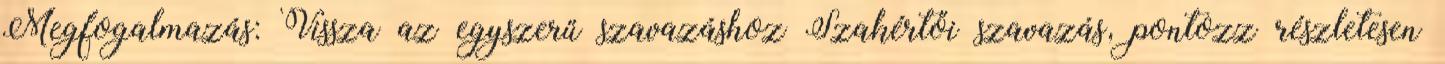
Megfogalmazás: Vissza az egyszerű szavazáshoz Szakértői szavazás, pontozz részletesen